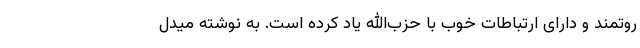
روتمند و دارای ارتباطات خوب با حزب‌الله یاد کرده است. به نوشته میدل